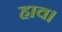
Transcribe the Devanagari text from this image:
हाव।